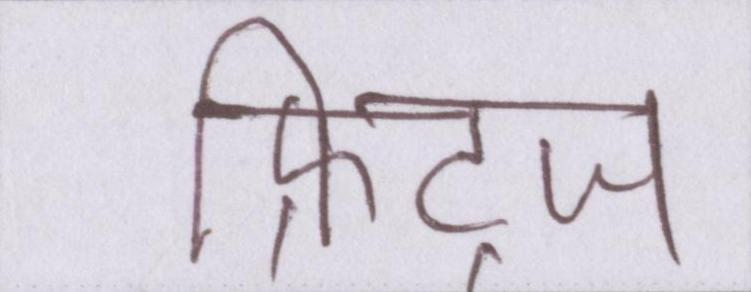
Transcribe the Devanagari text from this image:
फ्रिट्ज